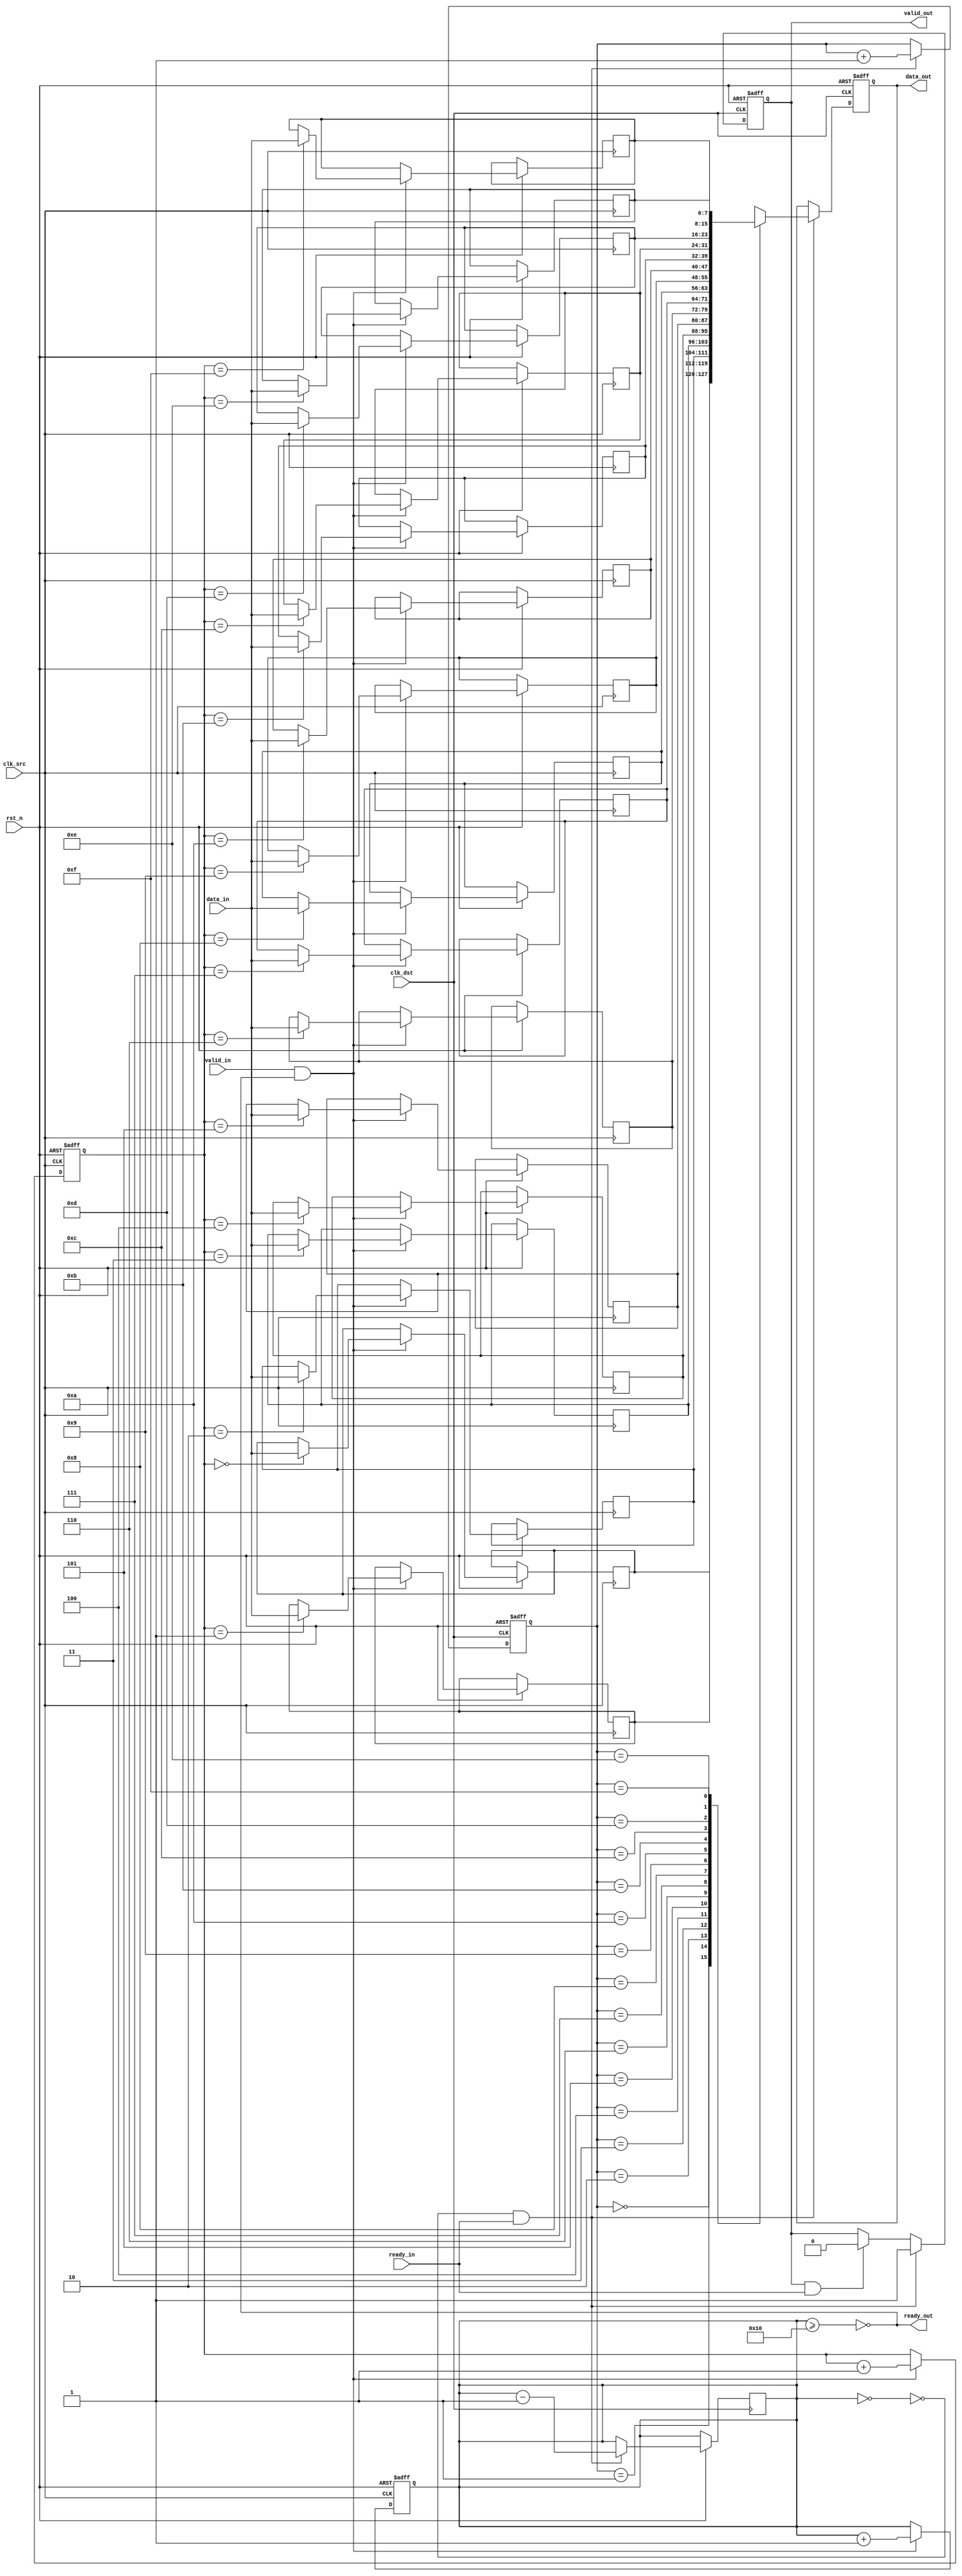
module fifo_sync #(
    parameter DATA_WIDTH = 8,
    parameter FIFO_DEPTH = 16
)(
    input wire clk_src,                // Source clock
    input wire clk_dst,                // Destination clock
    input wire rst_n,                  // Active low reset

    // Upstream interface
    input wire [DATA_WIDTH-1:0] data_in,  // Data input from upstream
    input wire valid_in,                  // Valid signal from upstream
    output wire ready_out,                // Ready signal to upstream

    // Downstream interface
    output reg [DATA_WIDTH-1:0] data_out, // Data output to downstream
    output reg valid_out,                 // Valid signal to downstream
    input wire ready_in                    // Ready signal from downstream
);

// FIFO buffer and pointers
reg [DATA_WIDTH-1:0] fifo_buf[FIFO_DEPTH-1:0];
reg [3:0] w_ptr, r_ptr; // Write and read pointers
reg [4:0] fifo_count; // Number of entries in FIFO

// Full and empty flags
wire fifo_full = (fifo_count >= FIFO_DEPTH);
wire fifo_empty = (fifo_count == 0);

// Write operation on source clock
always @(posedge clk_src or negedge rst_n) begin
    if (!rst_n) begin
        w_ptr <= 0;
        fifo_count <= 0;
    end else if (valid_in && !fifo_full) begin
        fifo_buf[w_ptr] <= data_in;
        w_ptr <= w_ptr + 1;
        fifo_count <= fifo_count + 1;
    end
end

// Read operation on destination clock
always @(posedge clk_dst or negedge rst_n) begin
    if (!rst_n) begin
        r_ptr <= 0;
        valid_out <= 0;
        data_out <= 0;
    end else if (!fifo_empty && ready_in) begin
        data_out <= fifo_buf[r_ptr];
        valid_out <= 1;
        r_ptr <= r_ptr + 1;
        fifo_count <= fifo_count - 1;
    end else if (valid_out && ready_in) begin
        valid_out <= 0; // Clear valid signal when data is read
    end
end

// Ready signal logic
assign ready_out = !fifo_full;

// Synchronization for valid signal
reg valid_in_sync1, valid_in_sync2;
always @(posedge clk_dst or negedge rst_n) begin
    if (!rst_n) begin
        valid_in_sync1 <= 0;
        valid_in_sync2 <= 0;
    end else begin
        valid_in_sync1 <= valid_in;
        valid_in_sync2 <= valid_in_sync1;
    end
end

endmodule